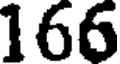
166